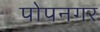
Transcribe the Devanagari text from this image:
पोपनगर